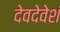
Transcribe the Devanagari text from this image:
देवदेवेशं